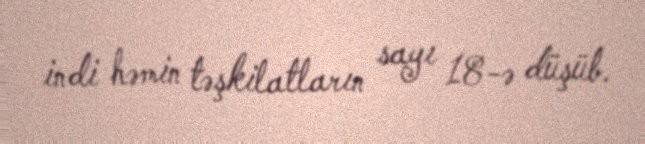
indi həmin təşkilatların sayı 18-ə düşüb.